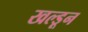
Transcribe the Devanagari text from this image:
खल्डून